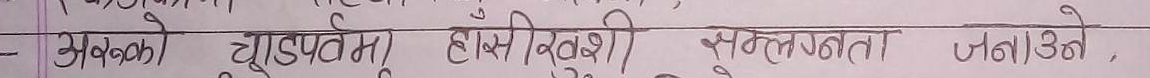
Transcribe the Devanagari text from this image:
- अनको दुईपक्षीय सहभागिता जनाउने,